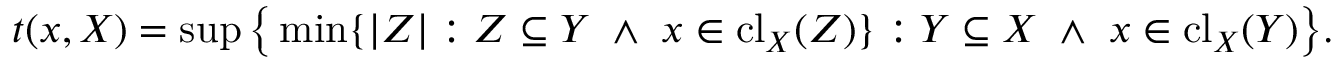
t ( x , X ) = \operatorname* { s u p } { \big \{ } \operatorname* { m i n } \{ | Z | : Z \subseteq Y \ \wedge \ x \in \mathrm { { c l } } _ { X } ( Z ) \} : Y \subseteq X \ \wedge \ x \in \mathrm { { c l } } _ { X } ( Y ) { \big \} } .